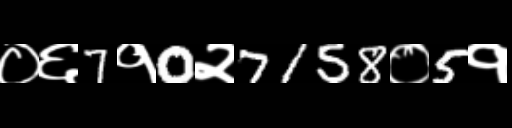
Text: ०६7१0२7158०5१